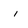
Character: i